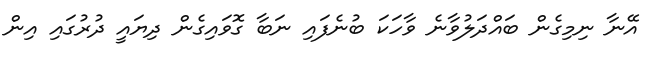
އޭނާ ނިމިގެން ބައްދަލުވާނެ ވާހަކަ ބުނެފައި ނަބާ ގޮވައިގެން ދިޔައީ ދުރުގައި އިން